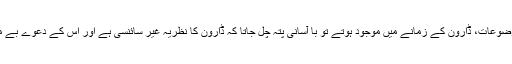
اگر یہ موضوعات، ڈاروِن کے زمانے میں موجود ہوتے تو با آسانی پتہ چل جاتا کہ ڈاروِن کا نظریہ غیر سائنسی ہے اور اس کے دعوے بے مقصد ہیں۔